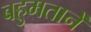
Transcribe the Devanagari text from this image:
बहुमतानें